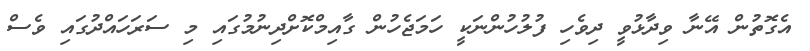
އެގޮތުން އޭނާ ވިދާޅުވީ ދިވެހި ފުލުހުންނަކީ ހަމަޖެހުން ގާއިމްކޮށްދިނުމުގައި މި ސަރަހައްދުގައި ވެސް